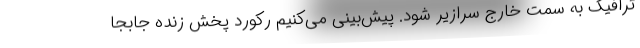
ترافیک به سمت خارج سرازیر شود. پیش‌بینی می‌کنیم رکورد پخش زنده جابجا